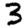
Digit: 3